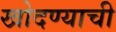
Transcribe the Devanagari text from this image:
खोदण्याची